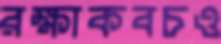
রক্ষাকবচও